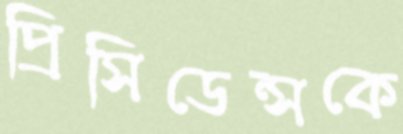
প্রিসিডেন্সকে